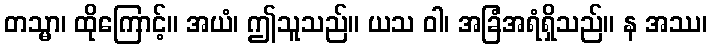
တသ္မာ၊ ထိုကြောင့်။ အယံ၊ ဤသူသည်။ ယသ ဝါ၊ အခြံအရံရှိသည်။ န အဿ၊